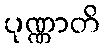
ပုဏ္ဏာတိ